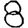
Digit: 8